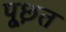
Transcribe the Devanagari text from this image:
पूछ़त